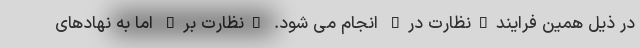
در ذیل همین فرایند"نظارت در" انجام می شود. "نظارت بر" اما به نهادهای